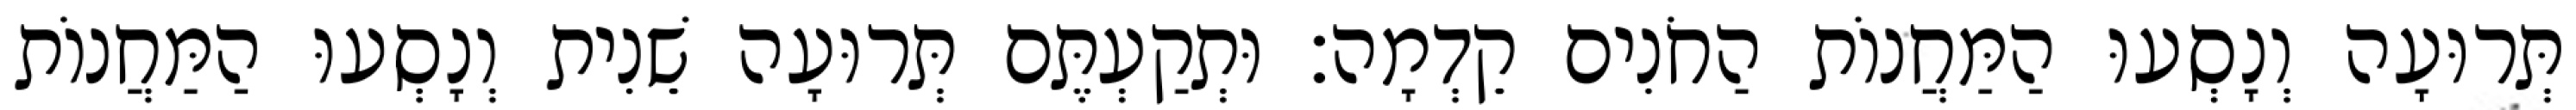
תְּרוּעָה וְנָסְעוּ הַמַּחֲנוֹת הַחֹנִים קֵדְמָה׃ וּתְקַעְתֶּם תְּרוּעָה שֵׁנִית וְנָסְעוּ הַמַּחֲנוֹת